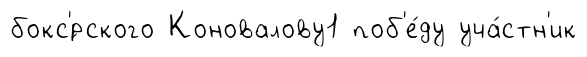
бокс'́рского Коновалову1 поб'е́ду уча́стн'ик